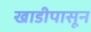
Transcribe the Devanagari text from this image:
खाडीपासून